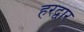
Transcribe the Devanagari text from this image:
हरद्वार